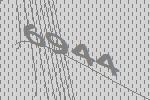
6944